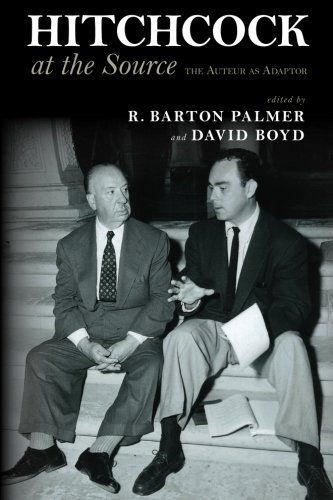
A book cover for Hitchcock at the Source: The Auteur as Adapter (Suny Series, Horizons of Cinema); R. Barton Palmer; Humor & Entertainment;